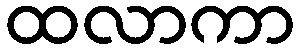
ထလာကာ